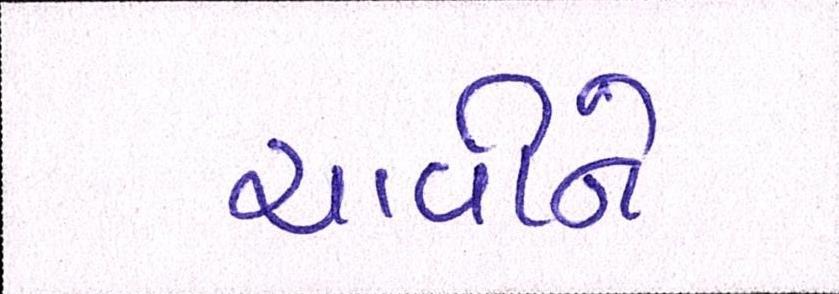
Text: ચાવીને